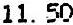
11.50